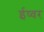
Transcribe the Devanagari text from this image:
ईष्वर